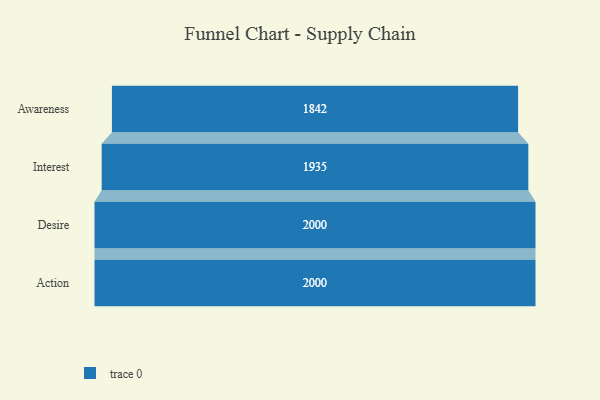
{"axis": {"x": "Stage", "y": "Value"}, "legend": [""], "data": [{"x": "Awareness", "y": 1842.0, "type": ""}, {"x": "Interest", "y": 1935.0, "type": ""}, {"x": "Desire", "y": 2000, "type": ""}, {"x": "Action", "y": 2000, "type": ""}]}